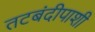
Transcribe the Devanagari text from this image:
तटबंदीपाशी